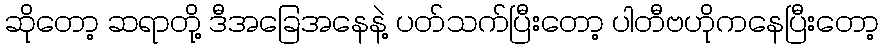
ဆိုတော့ ဆရာတို့ ဒီအခြေအနေနဲ့ ပတ်သက်ပြီးတော့ ပါတီဗဟိုကနေပြီးတော့